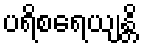
ပရိစရေယျန္တိ